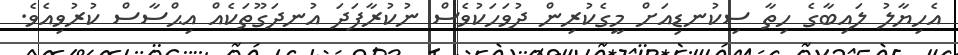
އެހިޔާލު ލައިބާގެ ހިތާ ސިކުނޑިއަށް މީގެކުރިން ދުވަހަކުވެސް ނުކުރާފަދަ އުނދަގޫތަކެއް އިޙްސާސް ކުރުވިއެވެ.